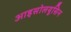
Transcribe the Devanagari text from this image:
आइसोलयूसिन